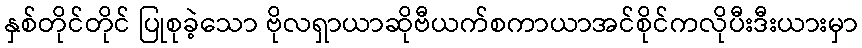
နှစ်တိုင်တိုင် ပြုစုခဲ့သော ဗိုလရှာယာဆိုဗီယက်စကာယာအင်စိုင်ကလိုပီးဒီးယားမှာ